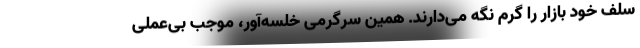
سلف خود بازار را گرم نگه می‌دارند. همین سرگرمیِ خلسه‌آور، موجب بی‌عملی